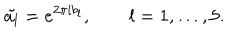
\tilde { a _ { l } } = e ^ { 2 \pi i b _ { l } } , \qquad l = 1 , \ldots , 5 .